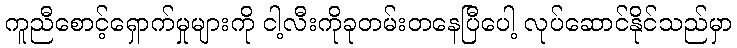
ကူညီစောင့်ရှောက်မှုများကို ငါ့လီးကိုခုတမ်းတနေပြီပေါ့ လုပ်ဆောင်နိုင်သည်မှာ